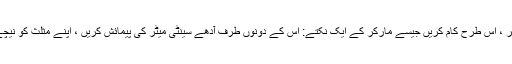
Even. یہاں تک کہ آپ کے پنسل مثلث کے مرکز کے ساتھ ہی ، اس کی نوک پر ، اس طرح کام کریں جیسے مارکر کے ایک نکتے: اس کے دونوں طرف آدھے سینٹی میٹر کی پیمائش کریں ، اپنے مثلث کو نیچے کے کنارے پر کھڑا کریں اور سیدھی لکیریں نیچے کھینچیں۔